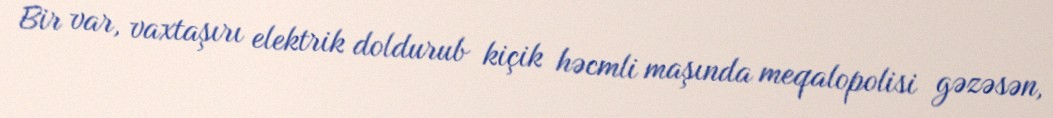
Bir var, vaxtaşırı elektrik doldurub kiçik həcmli maşında meqalopolisi gəzəsən,